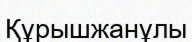
Құрышжанұлы